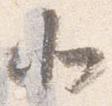
北